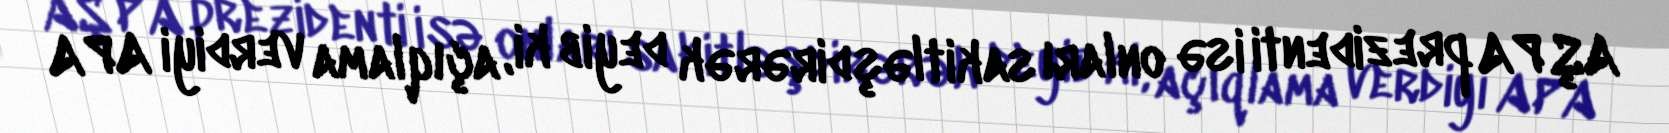
AŞ PA prezidenti isə onları sakitləşdirərək deyib ki, açıqlama verdiyi APA